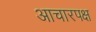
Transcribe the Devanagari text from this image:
आचारपक्ष